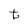
Character: t